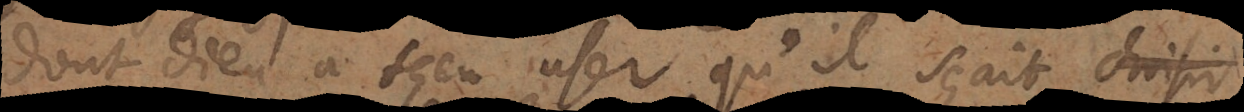
dont Dieu a sceu user, qu’il sçait choisir